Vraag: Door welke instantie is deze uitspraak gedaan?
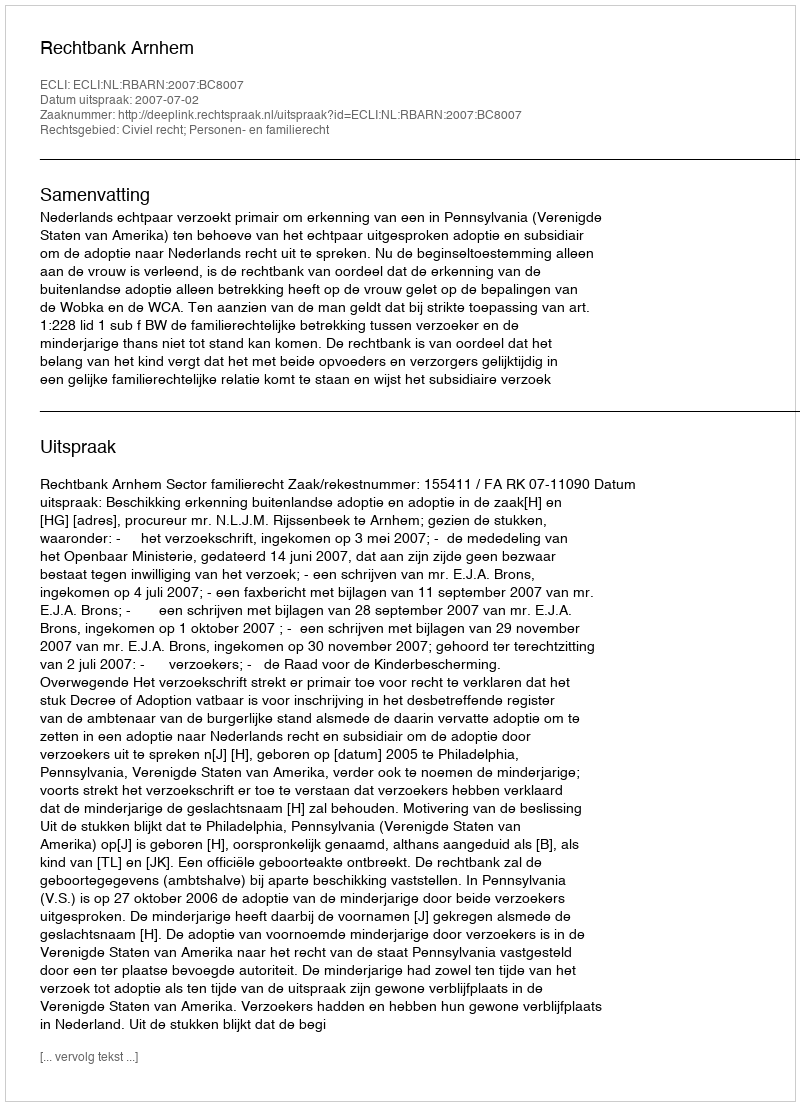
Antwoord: Rechtbank Arnhem